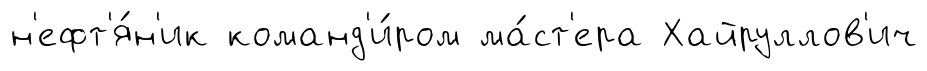
н'ефт'я́н'ик команд'и́ром ма́ст'ера Хайруллов'ич